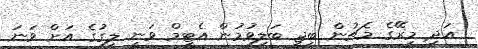
އަދި މިރޭގެ މެޗުން ބީޖީ ބަލިވުމުން އެޓީމް ވަނީ ލީގުގެ އަށް ވަނަ